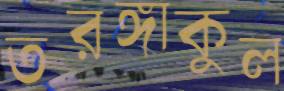
তরঙ্গাকুল